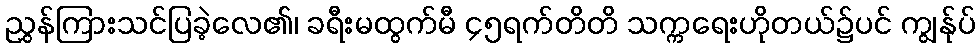
ညွှန်ကြားသင်ပြခဲ့လေ၏၊ ခရီးမထွက်မီ ၄၅ရက်တိတိ သက္ကရေးဟိုတယ်၌ပင် ကျွန်ုပ်